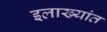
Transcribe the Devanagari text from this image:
इलाख्यांत